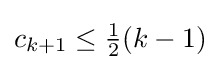
c_{k+1}\leq {\tfrac {1}{2}}(k-1)